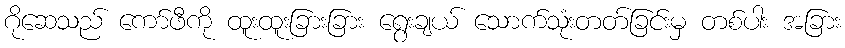
ဂိုဆေသည် ကော်ဖီကို ထူးထူးခြားခြား ရွေးချယ် သောက်သုံးတတ်ခြင်းမှ တစ်ပါး အခြား